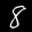
Label: 8